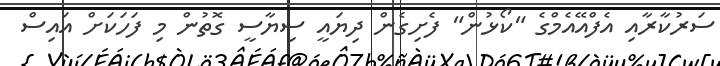
ސަރުކާރާއި އެފްއޭއެމްގެ "ކޯޅުން" ފެށިގެން ދިޔައީ ސިޔާސީ ގޮތުން މި ފަހަކަށް އައިސް